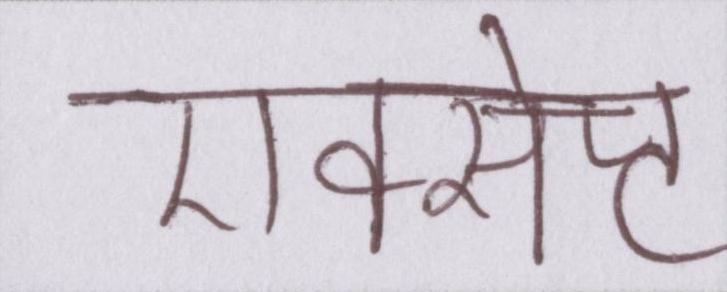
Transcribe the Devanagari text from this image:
एक्सेप्ट